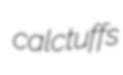
calctuffs